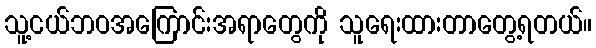
သူ့ငယ်ဘဝအကြောင်းအရာတွေကို သူရေးထားတာတွေ့ရတယ်။